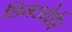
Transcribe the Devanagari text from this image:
डिसओर्डर